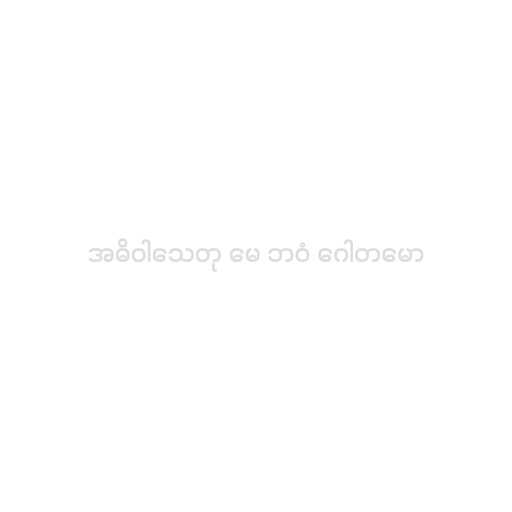
အဓိဝါသေတု မေ ဘဝံ ဂေါတမော